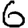
Digit: 6